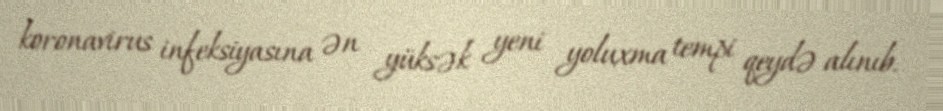
koronavirus infeksiyasına ən yüksək yeni yoluxma tempi qeydə alınıb.